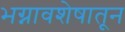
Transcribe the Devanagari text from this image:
भग्नावशेषातून